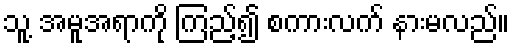
သူ့ အမူအရာကို ကြည့်၍ စကားလက် နားမလည်။